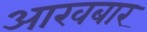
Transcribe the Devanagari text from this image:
आखबार